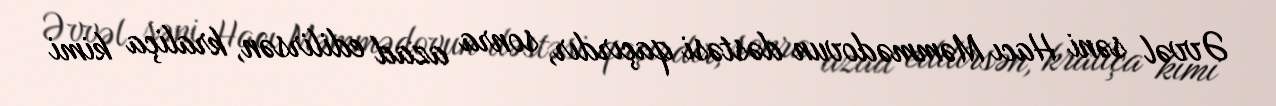
Əvvəl səni Hacı Məmmədovun dəstəsi qaçırdır, sonra azad edilirsən, kraliça kimi